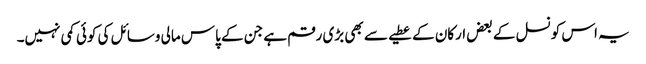
یہ اس کونسل کے بعض ارکان کے عطیے سے بھی بڑی رقم ہے جن کے پاس مالی وسائل کی کوئی کمی نہیں۔